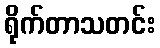
ရိုက်တာသတင်း